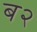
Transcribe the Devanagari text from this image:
ब२